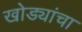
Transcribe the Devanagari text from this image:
खोड्यांचा